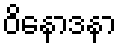
ဝိနောဒနာ